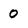
Character: 0